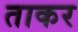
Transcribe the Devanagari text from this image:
ताकर